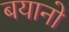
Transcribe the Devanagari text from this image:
बयानो